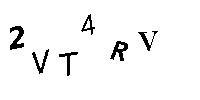
2VT4RV